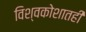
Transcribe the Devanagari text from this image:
विश्वकोशातही